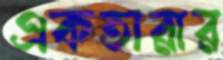
একতারার